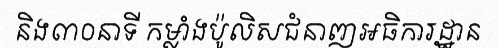
និង៣០នាទី កម្លាំងប៉ូលិសជំនាញអធិការដ្ឋាន